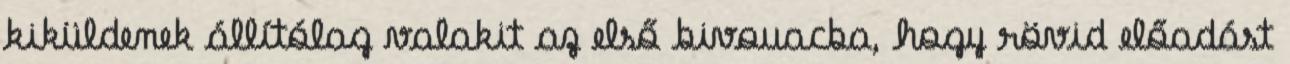
kiküldenek állítólag valakit az első bivouacba, hogy rövid előadást